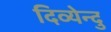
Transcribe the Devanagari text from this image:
दिव्येन्दु